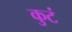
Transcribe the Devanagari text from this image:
कुटं